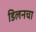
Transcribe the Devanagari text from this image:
डिलनचा